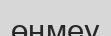
өңмеу